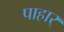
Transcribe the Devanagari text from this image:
पाहार्